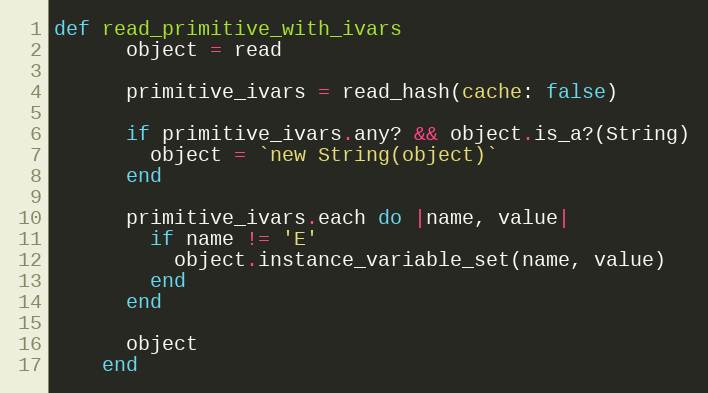
Language: Ruby
def read_primitive_with_ivars
      object = read

      primitive_ivars = read_hash(cache: false)

      if primitive_ivars.any? && object.is_a?(String)
        object = `new String(object)`
      end

      primitive_ivars.each do |name, value|
        if name != 'E'
          object.instance_variable_set(name, value)
        end
      end

      object
    end